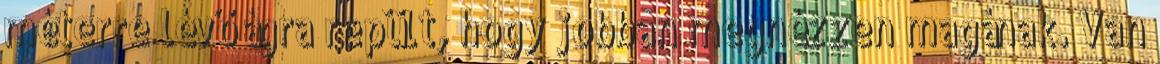
méterre lévő ágra repült, hogy jobban megnézzen magának. Van